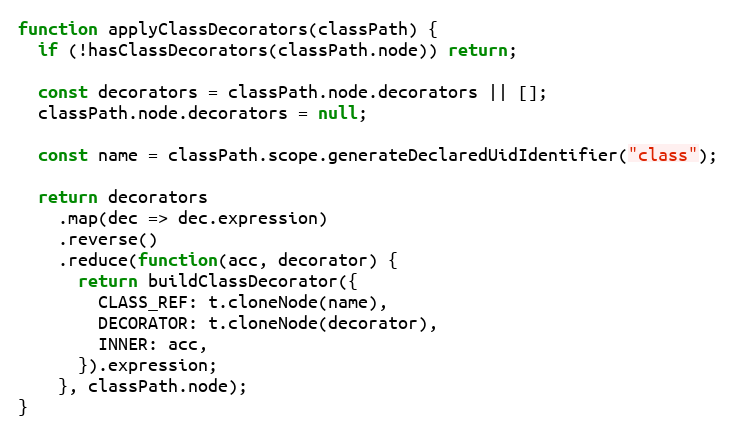
Language: JavaScript
function applyClassDecorators(classPath) {
  if (!hasClassDecorators(classPath.node)) return;

  const decorators = classPath.node.decorators || [];
  classPath.node.decorators = null;

  const name = classPath.scope.generateDeclaredUidIdentifier("class");

  return decorators
    .map(dec => dec.expression)
    .reverse()
    .reduce(function(acc, decorator) {
      return buildClassDecorator({
        CLASS_REF: t.cloneNode(name),
        DECORATOR: t.cloneNode(decorator),
        INNER: acc,
      }).expression;
    }, classPath.node);
}